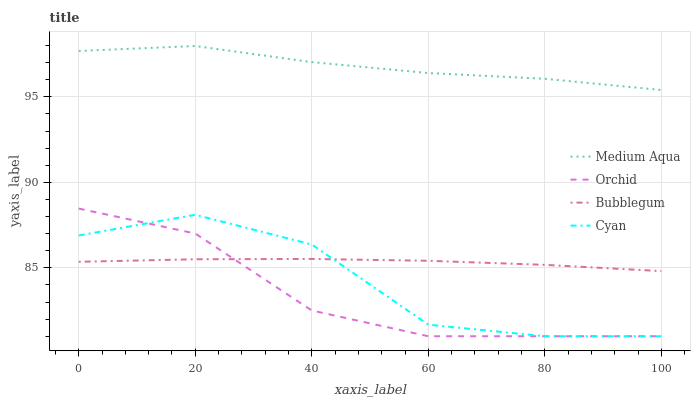
| xaxis_label | Medium Aqua | Orchid | Bubblegum | Cyan |
 | --- | --- | --- | --- | --- |
 | 0 | 97.7 | 88.5 | 85.4 | 86.9 |
 | 20 | 98 | 87 | 85.5 | 88.1 |
 | 40 | 97 | 82.5 | 85.5 | 86.4 |
 | 60 | 96.4 | 81 | 85.4 | 81.7 |
 | 80 | 96.1 | 81 | 85.2 | 81 |
 | 100 | 95.4 | 81 | 84.8 | 81 |